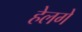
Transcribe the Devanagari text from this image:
हेलगे